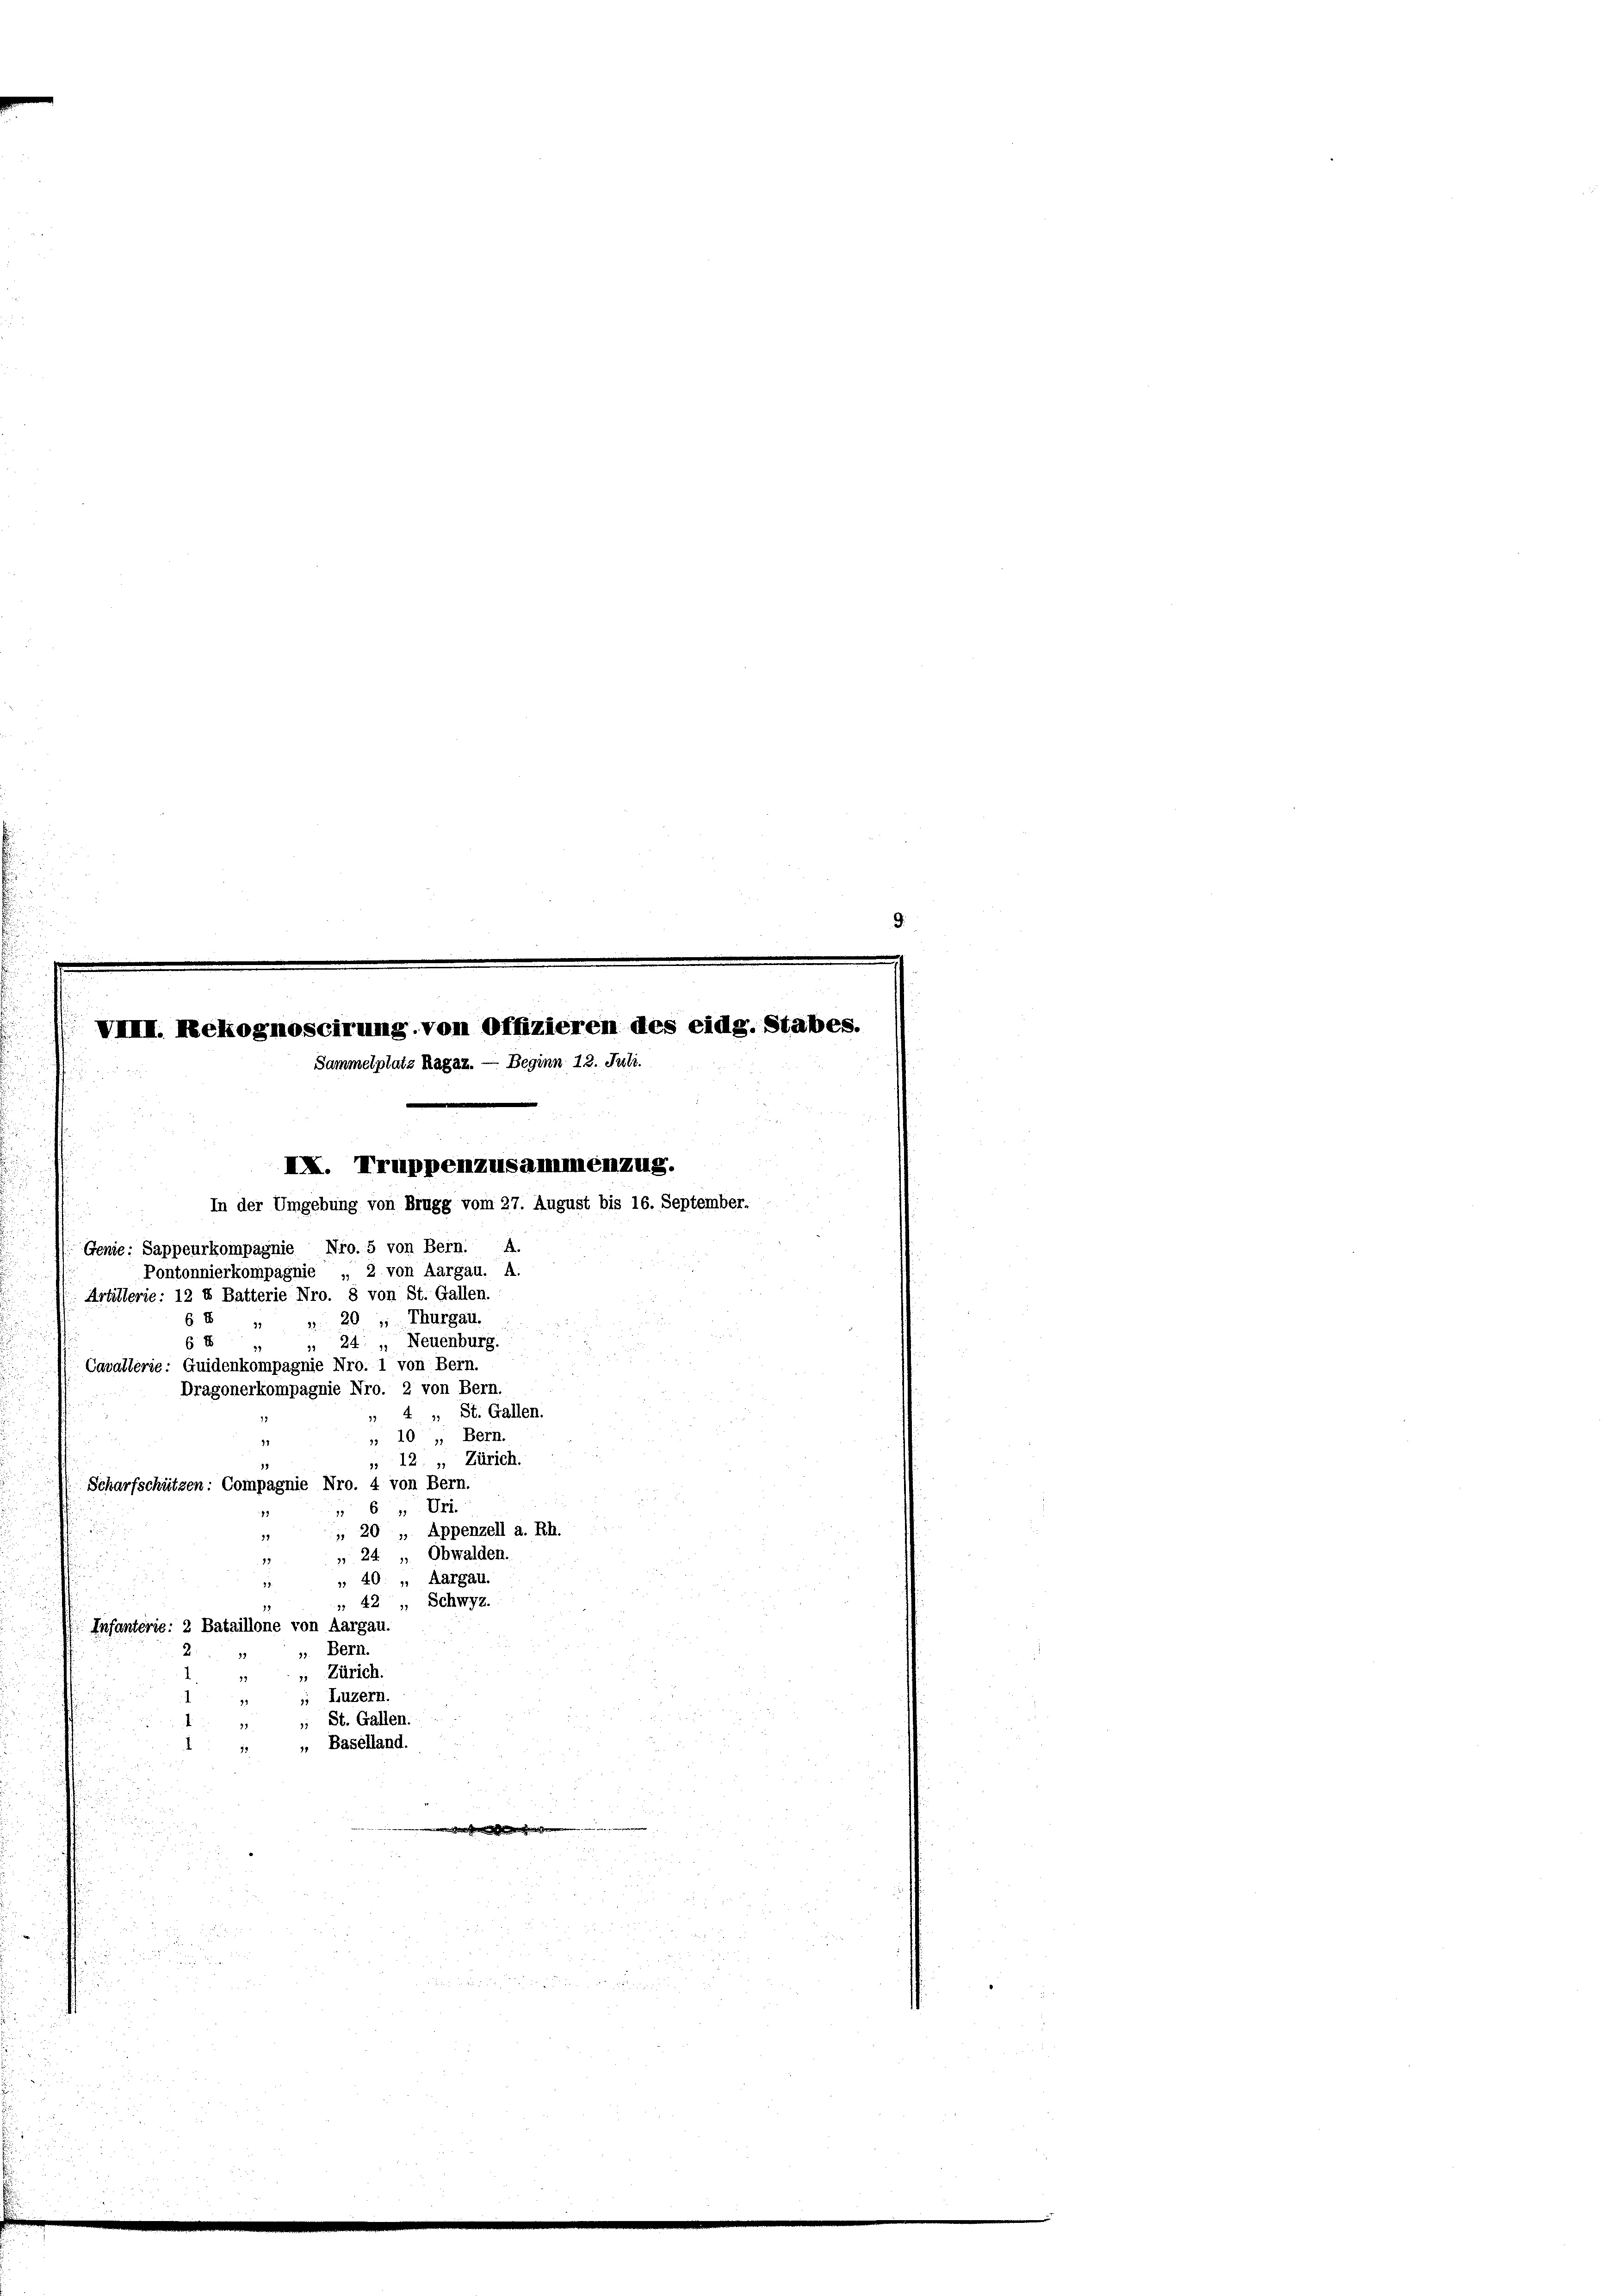
; St. Gallen.
„ Baselland.
denen
t
g
e
222 2

 500
.
i
e
.
d
22
20 f 0
e
 125

VIII. Nekognoscirung von Offizieren des eidg. Stabes.
Sammelplatz Hagar. — Beginn 12. Juli.
IX. Truppenzusammenzug.
In der Umgebung von Brugg vom 27. August bis 16. September.
Genie: Sappeurkompagnie Nio.5 von Bern. A.
Pontonnierkompagnie „ 2 von Aargau. A.
Artillerie: 12 X Batterie Nro. 8 von St. Gallen.
§8 " " 20, Thurgau.
6 E
 24: „ Neuenburg.
Cavallerie: Guidenkompagnie Nro. 1 von Bern.
Dragonerkompagnie Nro. 2 von Bern.
 4 3 St. Gallen.
 10 " Bern.
11
 12 " Zürich.
Scharfschützen: Compagnie Nro. 4 von Bern.
6 1
e
 20 „ Appenzell a. Rh.
 24 " Obwalden.
18
 40. „ Aargau.
27.
 42 " Schwyz.
Infanterie: 2 Bataillone von Aargau.
„ Bern.
 Zürich.
, Luzern.